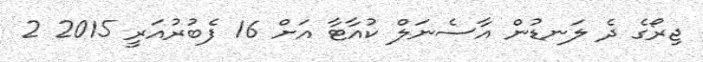
ޖިރޯގެ ދެ ލަނޑުން އާސެނަލް ކުއާޓާ އަށް 16 ފެބުރުއަރީ 2015 2